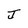
Character: J